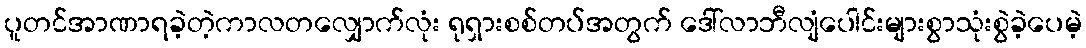
ပူတင်အာဏာရခဲ့တဲ့ကာလတလျှောက်လုံး ရုရှားစစ်တပ်အတွက် ဒေါ်လာဘီလျံပေါင်းများစွာသုံးစွဲခဲ့ပေမဲ့